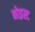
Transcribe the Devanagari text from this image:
मोइस्ट